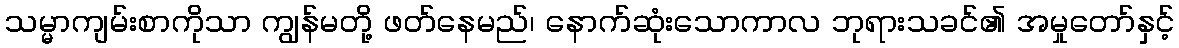
သမ္မာကျမ်းစာကိုသာ ကျွန်မတို့ ဖတ်နေမည်၊ နောက်ဆုံးသောကာလ ဘုရားသခင်၏ အမှုတော်နှင့်